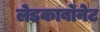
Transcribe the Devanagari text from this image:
लेडकार्बोनेट